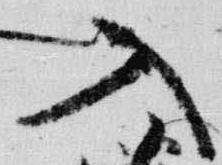
入